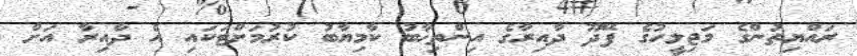
ރައްޔިތުންގެ މަޖިލީހުގެ ފޭދޫ ދާއިރާގެ އިންތިޚާބު ކާމިޔާބު ކުރުމަށްޓަކައި އެ ދާއިރާ އަށް